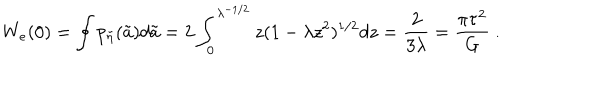
W _ { e } ( 0 ) = \oint p _ { \tilde { \eta } } ( \tilde { a } ) d \tilde { a } = 2 \int _ { 0 } ^ { \lambda ^ { - 1 / 2 } } z ( 1 - \lambda z ^ { 2 } ) ^ { 1 / 2 } d z = { \frac { 2 } { 3 \lambda } } = { \frac { \pi \tau ^ { 2 } } { G } } \ .